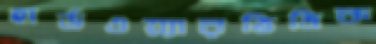
হার্ডওয়্যারভিত্তিক